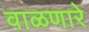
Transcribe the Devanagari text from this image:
वाळणारे